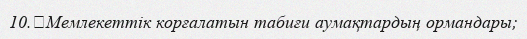
10.	Мемлекеттік корғалатын табиғи аумақтардың ормандары;